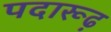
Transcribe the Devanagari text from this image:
पदारूढ़